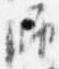
師